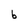
Character: b